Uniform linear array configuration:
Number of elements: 32
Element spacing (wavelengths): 0.5
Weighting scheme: binomial
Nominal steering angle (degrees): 0
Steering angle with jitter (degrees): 0.2969
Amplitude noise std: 0.05
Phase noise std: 0.05

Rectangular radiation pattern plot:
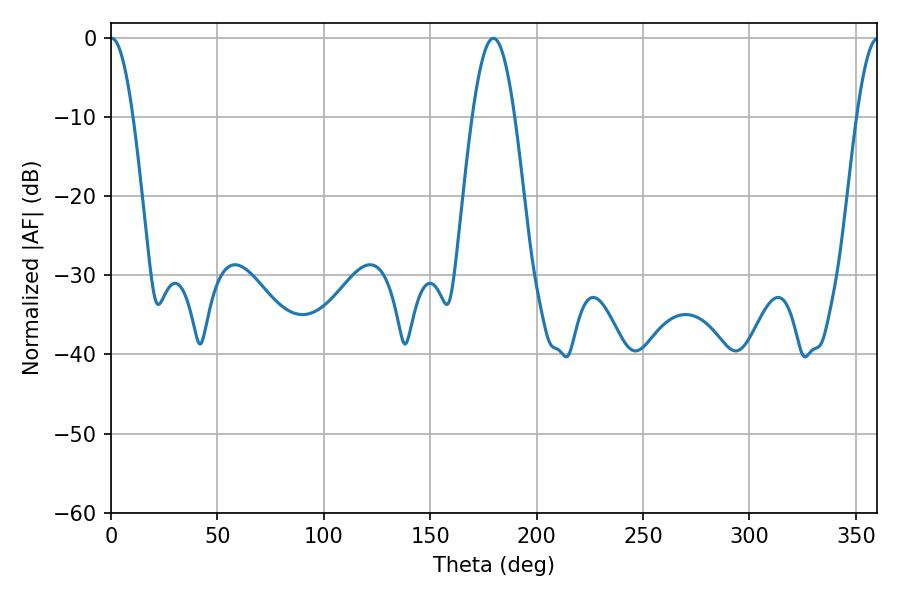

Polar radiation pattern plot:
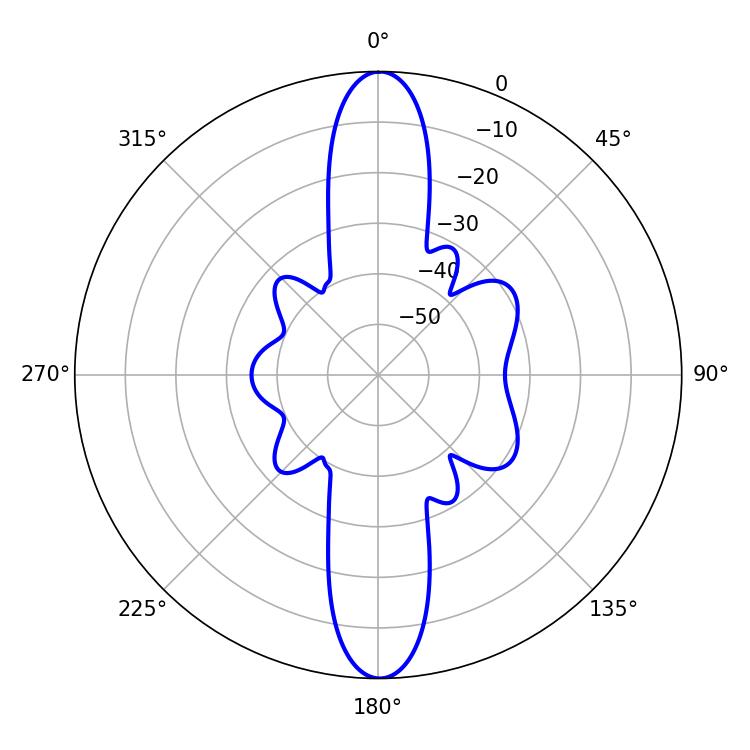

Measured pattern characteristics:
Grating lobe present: FALSE
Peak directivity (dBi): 28.184
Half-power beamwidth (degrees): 5.76
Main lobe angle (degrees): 0.36